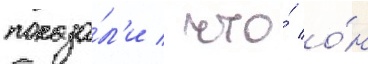
показа́л'и / что́ о́н